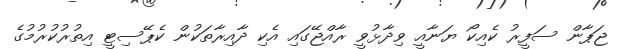
ޖަޕާން ސަފީރު ކެއިކޯ ޔަނާއީ ވިދާޅުވީ ރާއްޖޭގައި އެކި ދާއިރާތަކުން ކެޕޭސިޓީ އިތުރުކުރުމުގެ